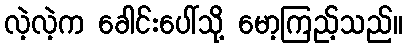
လဲ့လဲ့က ခေါင်းပေါ်သို့ မော့ကြည့်သည်။